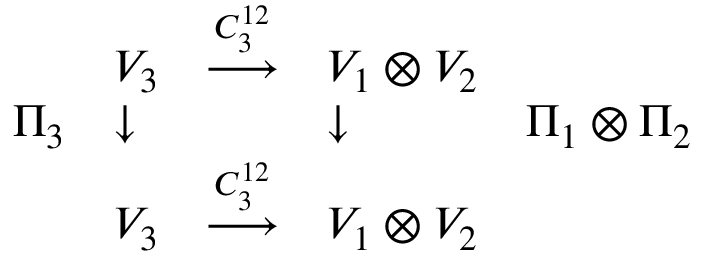
\begin{array} { l l c l l } { { } } & { { V _ { 3 } } } & { { \stackrel { C _ { 3 } ^ { 1 2 } } { \longrightarrow } } } & { { V _ { 1 } \otimes V _ { 2 } } } & { { } } \\ { { \Pi _ { 3 } } } & { { \downarrow } } & { { } } & { { \downarrow } } & { { \Pi _ { 1 } \otimes \Pi _ { 2 } } } \\ { { } } & { { V _ { 3 } } } & { { \stackrel { C _ { 3 } ^ { 1 2 } } { \longrightarrow } } } & { { V _ { 1 } \otimes V _ { 2 } } } & { { } } \end{array}